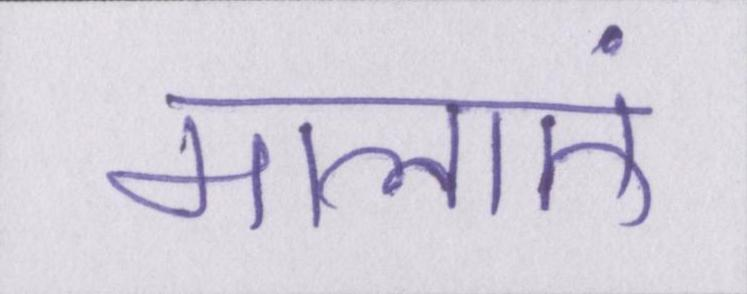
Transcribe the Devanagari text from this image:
मालाएं